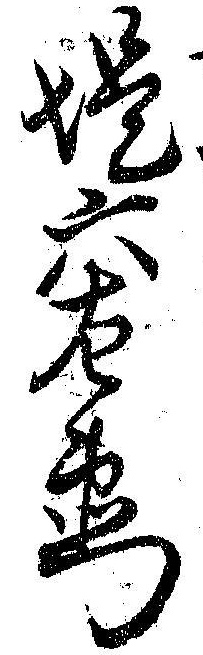
堤六左衛門